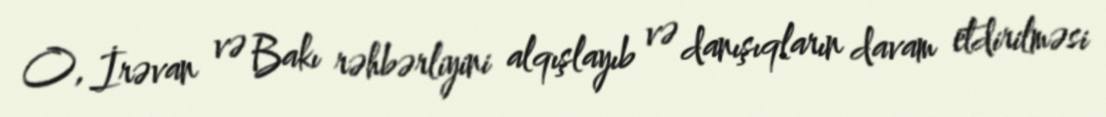
O, İrəvan və Bakı rəhbərliyini alqışlayıb və danışıqların davam etdirilməsi